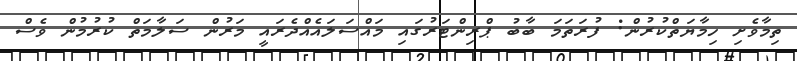
ތިމާވެށި ހިމާޔަތްކުރުން: ފުރަތަމަ ބާބު ޕްރިންޓަރުގައި މައްސަލައެއްދެރައީ މަރުން ސަލާމަތް ކުރުމުން ވެސް